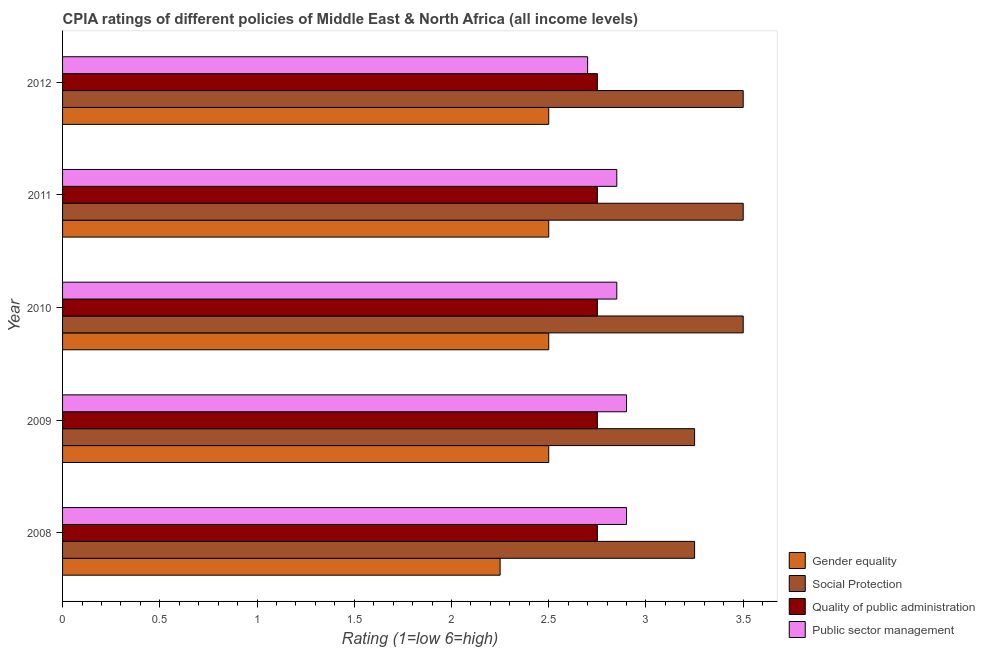
| Year | Gender equality | Social Protection | Quality of public administration | Public sector management |
 | --- | --- | --- | --- | --- |
 | 2008 | 2.25 | 3.25 | 2.75 | 2.9 |
 | 2009 | 2.5 | 3.25 | 2.75 | 2.9 |
 | 2010 | 2.5 | 3.5 | 2.75 | 2.85 |
 | 2011 | 2.5 | 3.5 | 2.75 | 2.85 |
 | 2012 | 2.5 | 3.5 | 2.75 | 2.7 |